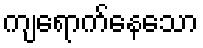
ကျရောက်နေသော